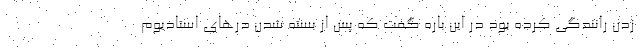
زدن رانندگی کرده بود در این باره گفت که پس از بسته شدن درهای استادیوم